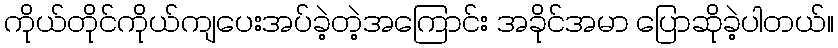
ကိုယ်တိုင်ကိုယ်ကျပေးအပ်ခဲ့တဲ့အကြောင်း အခိုင်အမာ ပြောဆိုခဲ့ပါတယ်။